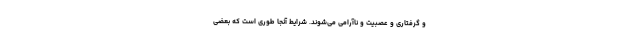
و گرفتاری و عصبیت و ناآرامی می‌شوند. شرایط آنجا طوری است که بعضی